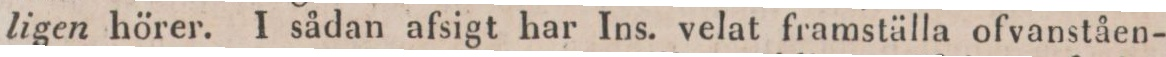
ligen hörer. I sådan afsigt har Ins. velat framställa ofvanståen-